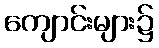
ကျောင်းများ၌